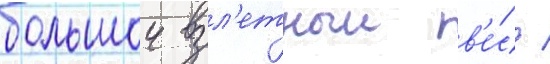
большои взл'етныи в'е́с /